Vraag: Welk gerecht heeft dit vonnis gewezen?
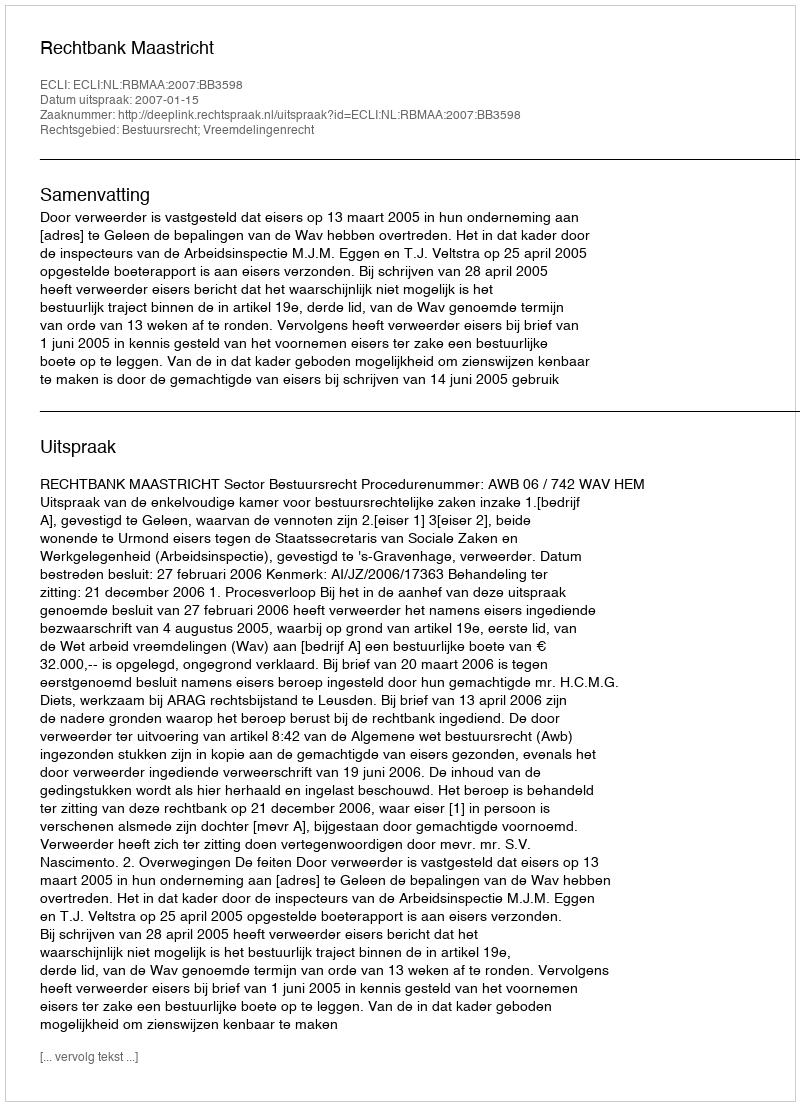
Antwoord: Rechtbank Maastricht